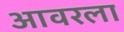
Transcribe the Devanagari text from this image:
आवरला